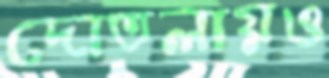
দোতলায়ও